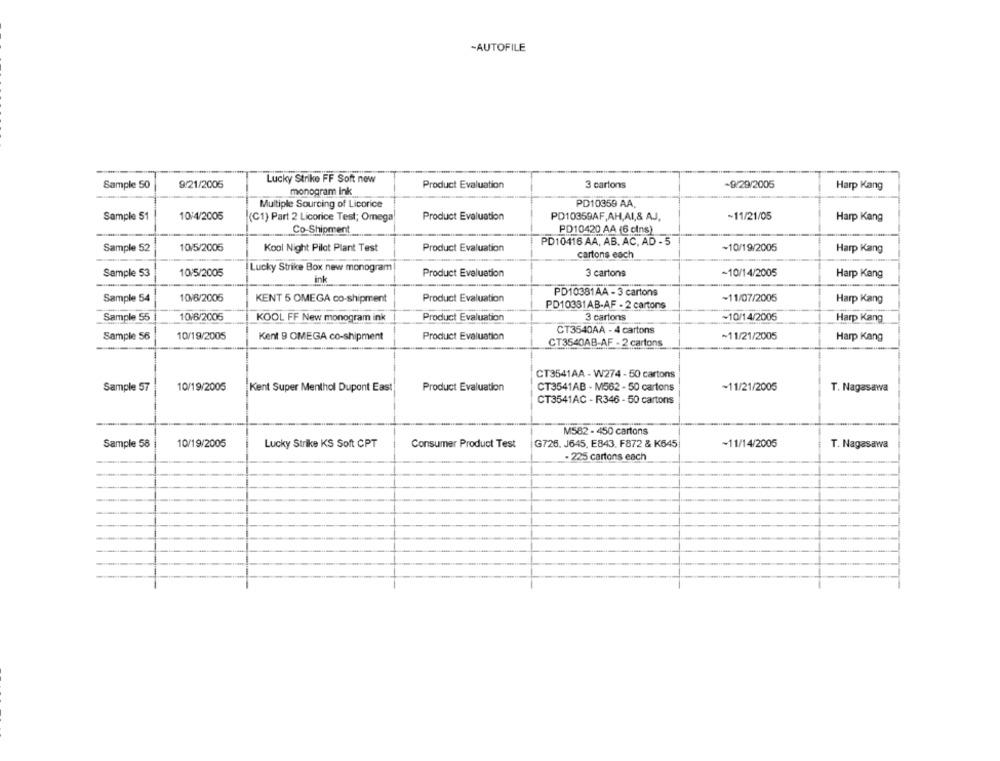
-AUTOFILE
Lucky Strike FF Soft now
Sample 50
9/21/2005
monogram Ink
Product Evaluation
3 cartons
-9/29/2005
Harp Kang
Multiple Sourcing of Licorice
PD10359 AA,
Sample 51
10/4/2005
(C1) Part 2 Licorice Test; Omega
Product Evaluation
PD10359AF,AH,AI,& AJ,
~11/21/05
Harp Kang
Co-Shipment
PD10420 AA (6 cins)
PD10416 AA, AB. AC. AD - 5
Sample 52
10/5/2005
Kool Night Pilot Plant Test
Product Evaluation
~10/19/2005
Harp Kang
cartons each
Sample 53
10/5/2005
Lucky Strike Box new monogram
Product Evaluation
3 cartons
~10/14/2005
Harp Kang
ink
Sample 54
10/6/2005
Product Evaluation
PD10381AA - 3 cartons
~11/07/2005
KENT 5 OMEGA co-shipment
PD10381AB-AF - 2 cartons
Harp Kang
Sample 55
10/6/2005
KOOL FF New monogram ink
Product Evaluation
3 cartons
~10/14/2005
Harp Kang
Sample 56
10/19/2005
Product Evaluation
CT3540AA - 4 cartons
~11/21/2005
Kent 9 OMEGA co-shipment
CT3540AB-AF - 2 cartons
Harp Kang
CT3541AA - W274 - 50 cartons
Sample 57
10/19/2005
Kent Super Menthol Dupont East
Product Evaluation
CT3541AB - M562 - 50 cartons
~11/21/2005
T. Nagasawa
CT3541AC - R346 - 50 cartons
M582 - 450 cartons
Sample 58
10/19/2005
Lucky Strike KS Soft CPT
Consumer Product Test
G726. J645, E843. F872 & K645
~11/14/2005
T. Nagasawa
. 225 cartons each